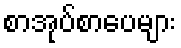
စာအုပ်စာပေများ